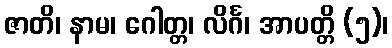
ဇာတိ၊ နာမ၊ ဂေါတ္တ၊ လိင်္ဂ၊ အာပတ္တိ (၅)၊